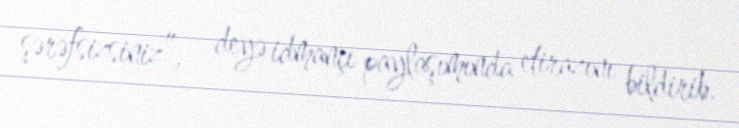
şərəfsizsiniz”, - deyə idmançı paylaşımında etirazını bildirib.